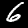
Label: 6